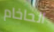
الحاخام